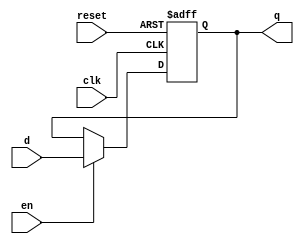


module Dregister#(parameter width =8)
(input clk,reset,en, input [width-1:0] d, output reg [width-1:0] q);


always @(posedge clk,posedge reset)
if (reset) q<=0;
else if (en) q<=d;
else q<=q;


endmodule